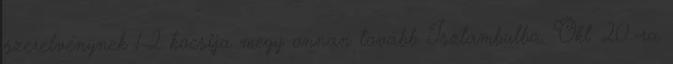
szerelvénynek 1-2 kocsija megy onnan tovább Isztambulba. Okt. 20.-ra